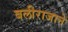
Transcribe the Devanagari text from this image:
बलीराजाने